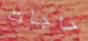
حاجات